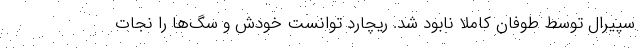
سپیرال توسط طوفان کاملا نابود شد. ریچارد توانست خودش و سگ‌ها را نجات